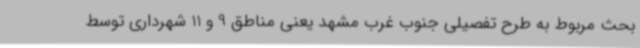
بحث مربوط به طرح تفصیلی جنوب غرب مشهد یعنی مناطق 9 و 11 شهرداری توسط